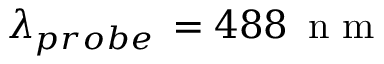
\lambda _ { p r o b e } \, = 4 8 8 \, \mathrm { ~ n ~ m ~ }